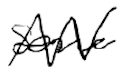
Text: some
Cross-out: zig-zag
Writing tool: digital_black